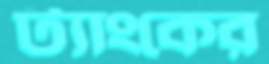
ট্যাংকের